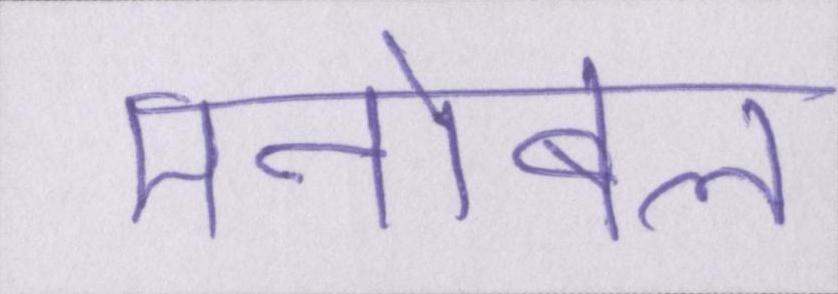
मनोबल